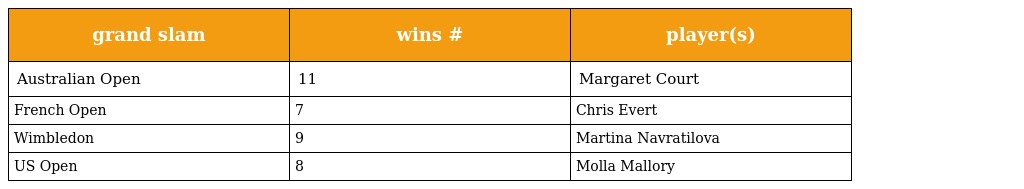
| grand slam | wins # | player(s) |
 | --- | --- | --- |
 | Australian Open | 11 | Margaret Court |
 | French Open | 7 | Chris Evert |
 | Wimbledon | 9 | Martina Navratilova |
 | US Open | 8 | Molla Mallory |